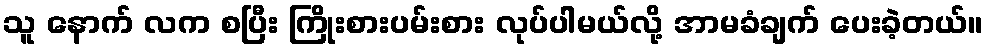
သူ နောက် လက စပြီး ကြိုးစားပမ်းစား လုပ်ပါမယ်လို့ အာမခံချက် ပေးခဲ့တယ်။